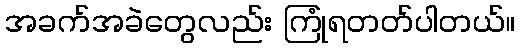
အခက်အခဲတွေလည်း ကြုံရတတ်ပါတယ်။